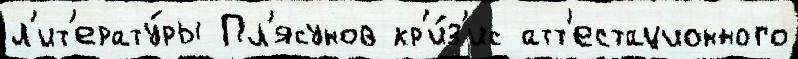
л'ит'ерату́ры Пл'ясунов кр'и́з'ис атт'естационного